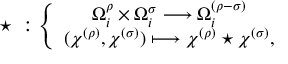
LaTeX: \star \; : \left\{ \begin{array} { c } { { \Omega _ { i } ^ { \rho } \times \Omega _ { i } ^ { \sigma } \longrightarrow \Omega _ { i } ^ { ( \rho - \sigma ) } } } \\ { { ( \chi ^ { ( \rho ) } , \chi ^ { ( \sigma ) } ) \longmapsto \chi ^ { ( \rho ) } \star \chi ^ { ( \sigma ) } , } } \end{array} \right.